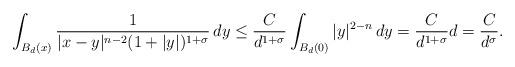
LaTeX: \begin{align*}\int_{B_d(x)}\frac{1}{|x-y|^{n-2}(1+|y|)^{1+\sigma}}\, dy\leq \frac{C}{d^{1+\sigma}}\int_{B_d(0)}|y|^{2-n}\, dy= \frac{C}{d^{1+\sigma}}d=\frac{C}{d^\sigma}.\end{align*}